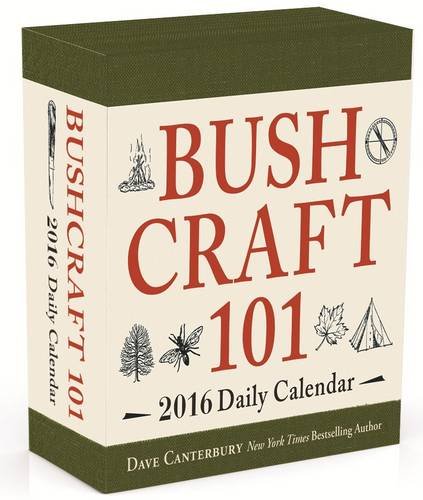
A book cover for Bushcraft 101 - A 2016 Daily Calendar: 365 Days of Wilderness Survival; Dave Canterbury; Calendars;